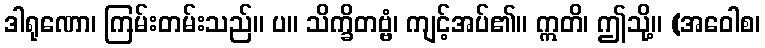
ဒါရုဏော၊ ကြမ်းတမ်းသည်။ ပ။ သိက္ခိတဗ္ဗံ၊ ကျင့်အပ်၏။ ဣတိ၊ ဤသို့။ (အဝေါစ၊